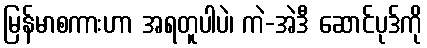
မြန်မာစကားဟာ အရတူပါပဲ၊ ကဲ-အဲဒီ ဆောင်ပုဒ်ကို